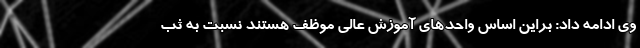
وی ادامه داد: براین اساس واحدهای آموزش عالی موظف هستند نسبت به ثب